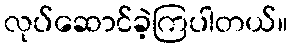
လုပ်ဆောင်ခဲ့ကြပါတယ်။